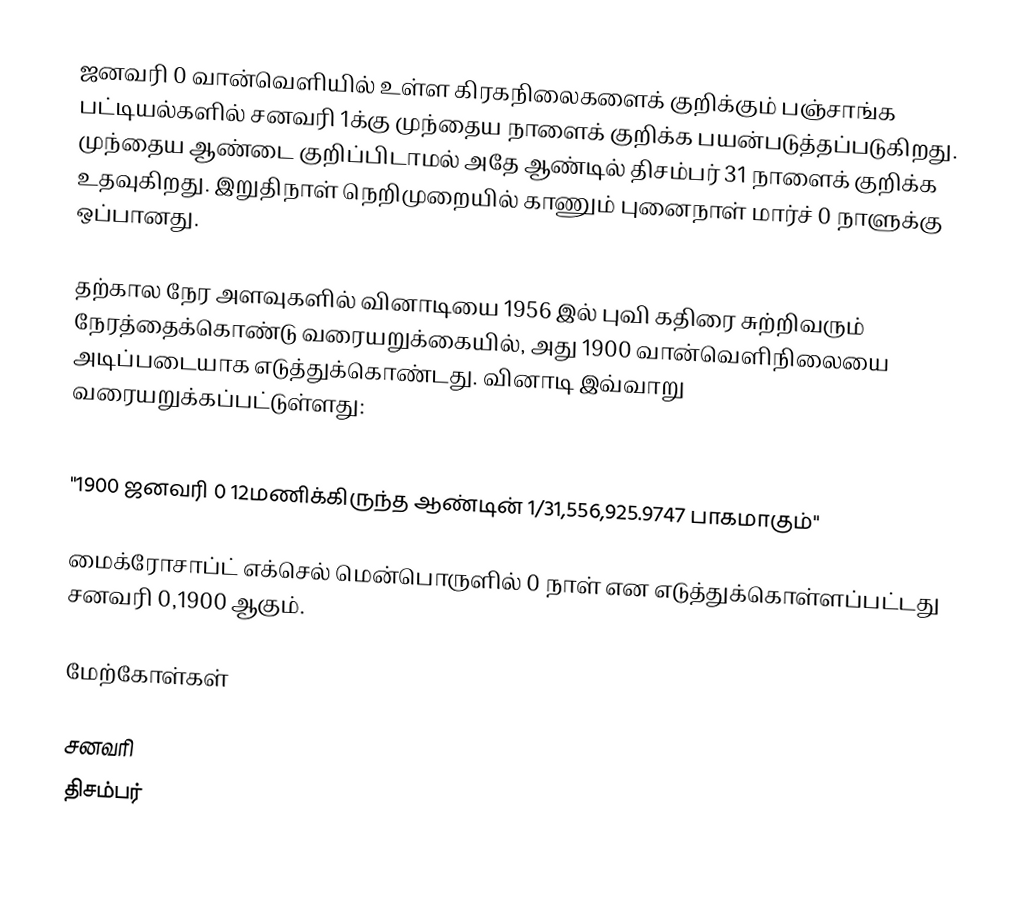
ஜனவரி 0 வான்வெளியில் உள்ள கிரகநிலைகளைக் குறிக்கும் பஞ்சாங்க பட்டியல்களில் சனவரி 1க்கு முந்தைய நாளைக் குறிக்க பயன்படுத்தப்படுகிறது. முந்தைய ஆண்டை குறிப்பிடாமல் அதே ஆண்டில் திசம்பர் 31 நாளைக் குறிக்க உதவுகிறது. இறுதிநாள் நெறிமுறையில் காணும் புனைநாள் மார்ச் 0 நாளுக்கு ஒப்பானது.

தற்கால நேர அளவுகளில் வினாடியை 1956 இல் புவி கதிரை சுற்றிவரும் நேரத்தைக்கொண்டு வரையறுக்கையில், அது 1900 வான்வெளிநிலையை அடிப்படையாக எடுத்துக்கொண்டது. வினாடி இவ்வாறு வரையறுக்கப்பட்டுள்ளது:
the fraction 1/31,556,925.9747 of the tropical year for 1900 January 0 at 12 hours ephemeris time.
"1900 ஜனவரி 0 12மணிக்கிருந்த ஆண்டின் 1/31,556,925.9747 பாகமாகும்"

மைக்ரோசாப்ட் எக்செல் மென்பொருளில் 0 நாள் என எடுத்துக்கொள்ளப்பட்டது சனவரி 0,1900 ஆகும்.

மேற்கோள்கள்

சனவரி
திசம்பர்